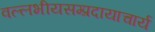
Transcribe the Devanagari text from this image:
वल्लभीयसम्प्रदायाचार्य